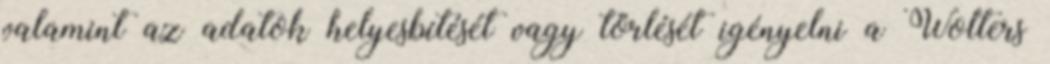
valamint az adatok helyesbítését vagy törlését igényelni a Wolters